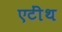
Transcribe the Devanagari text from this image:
एटींथ